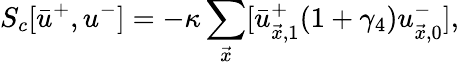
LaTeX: S_{c}[\bar{u}^{+},u^{-}]=-\kappa\sum_{\vec{x}}[\bar{u}_{\vec{x},1}^{+}(1+\gamma_{4})u_{\vec{x},0}^{-}],